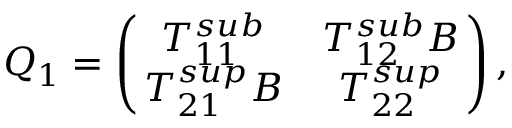
Q _ { 1 } = \left( \! \! \begin{array} { c c } { T _ { 1 1 } ^ { s u b } } & { T _ { 1 2 } ^ { s u b } B } \\ { T _ { 2 1 } ^ { s u p } B } & { T _ { 2 2 } ^ { s u p } } \end{array} \! \! \right) ,